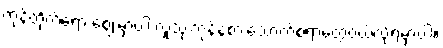
ကုန်တိုက်ရော ဈေးမှာပါ လူသုံးကုန်နဲ့စားသောက်စရာတွေဝယ်လို့ရမှာပါ။